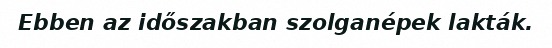
Ebben az időszakban szolganépek lakták.